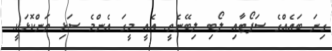
ގިނަ ބައެއްގެ ސަޕޯޓާއި ލޯބި ލިބޭނެތީ. އެއީ މީގަ އެންމެ ސަޅި ތަންކޮޅަކީ.